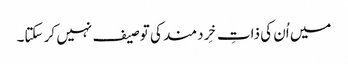
میں اُن کی ذاتِ خِردمند کی توصیف نہیں کر سکتا۔